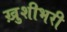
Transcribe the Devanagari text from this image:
ख़ुशीभरी